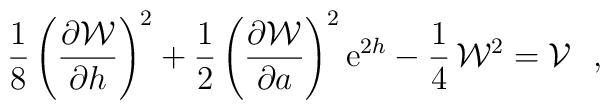
\frac{1}{8} \left(\frac{\partial {\cal W}}{\partial h} \right)^2 +\frac{1}{2} \left(\frac{\partial {\cal W}}{\partial a} \right)^2{\rm e}^{2h} - \frac{1}{4} \,{\cal W}^2 = {\cal V}~~,